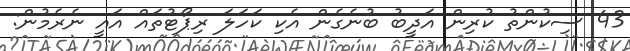
43 ސިކުންތު ކުރިން އަދީބު ބުނެގެން އެކި ކަހަލަ ރިޕޯޓުތައް އައީ ނެރެމުން: